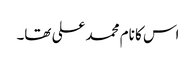
اس کا نام محمد علی تھا۔